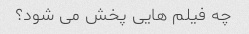
چه فیلم هایی پخش می شود؟